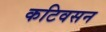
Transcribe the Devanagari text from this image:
कटिवसन